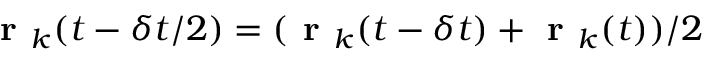
\textbf { r } _ { k } ( t - \delta t / 2 ) = ( \textbf { r } _ { k } ( t - \delta t ) + \textbf { r } _ { k } ( t ) ) / 2